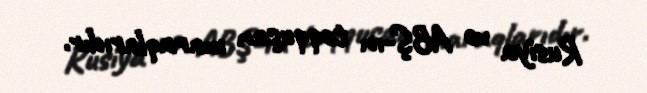
Rusiya və ABŞ-ın toqquşan maraqlarıdır.